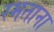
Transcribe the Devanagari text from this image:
रमताना